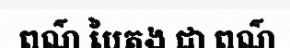
ពណ៌ បៃតង ជា ពណ៌